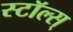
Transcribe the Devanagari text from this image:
स्टॉल्स्